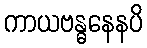
ကာယဗန္ဓနေနပိ